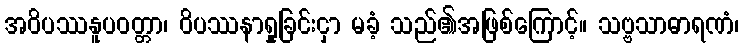
အဝိပဿနူပဝတ္တာ၊ ဝိပဿနာရှုခြင်းငှာ မခံ့ သည်၏အဖြစ်ကြောင့်။ သဗ္ဗသာဓာရဏံ၊